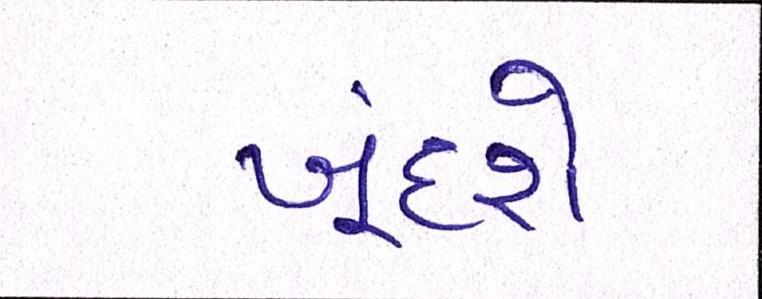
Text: ખૂંદશે